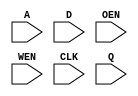
module ram_128x16A (A, 
		    D, 
		    OEN,
		    WEN, 
		    CLK, 
		    Q);
     
   input [ 6:0] A;
   input [15:0] D, Q;
   input 	OEN, WEN, CLK;

// black-box model for synthesis   

`ifdef SIMULATION
   reg [15:0] 	memory [0:127];
   reg [15:0] 	DATA_OUT;
   
    always @ (posedge CLK)
    begin
        if (WEN) begin
           memory[A] = D;
        end
       DATA_OUT = memory[A];
    end
   
   assign Q = OEN ? DATA_OUT : 16'bz;
   
`endif
   
endmodule